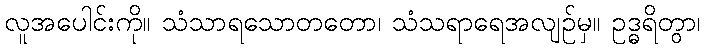
လူအပေါင်းကို။ သံသာရသောတတော၊ သံသရာရေအလျဉ်မှ။ ဥဒ္ဓရိတွာ၊